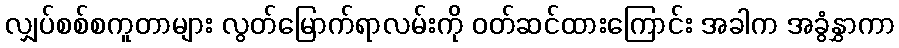
လျှပ်စစ်စကူတာများ လွတ်မြောက်ရာလမ်းကို ၀တ်ဆင်ထားကြောင်း အခါက အခွံနွှာကာ